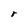
Character: r